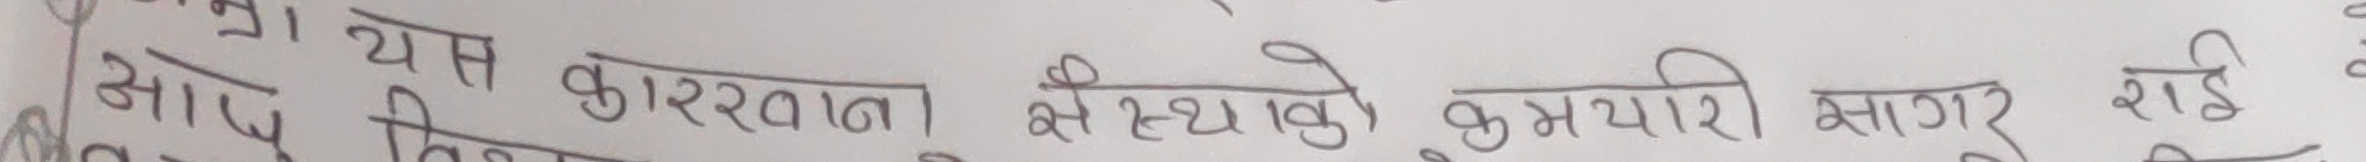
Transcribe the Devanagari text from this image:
आफ्नो यस कारखानाकै अस्थायीको कर्मचारी सागर राई